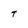
Character: t